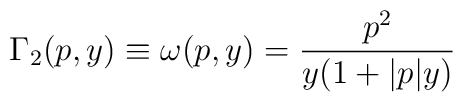
\Gamma _{2}(p,y)\equiv \omega (p,y)=\frac{p^{2}}{y(1+|p|y)}